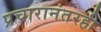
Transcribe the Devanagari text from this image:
प्रचारानंतरही